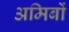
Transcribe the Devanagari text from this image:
अमिबों